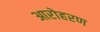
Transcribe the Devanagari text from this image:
आरोहरण